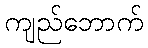
ကျည်ဘောက်